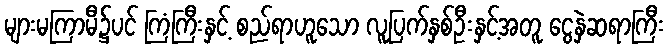
များမကြာမီ၌ပင် ကြံကြီးနှင့် စည်ရာဟူသော လူပြက်နှစ်ဦးနှင့်အတူ ငွေနှဲဆရာကြီး